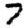
Digit: 7